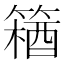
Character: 𫂘